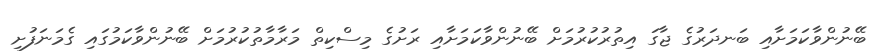
ބޭނުންވާކަމަށާއި ބަނދަރުގެ ޖާގަ އިތުރުކުރުމަށް ބޭނުންވާކަމަށާއި ރަށުގެ މިސްކިތް މަރާމާތުކުރުމަށް ބޭނުންވާކަމުގައި ގެމަނަފުށި